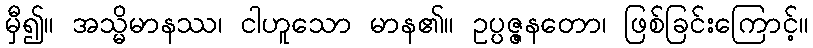
မှီ၍။ အသ္မိမာနဿ၊ ငါဟူသော မာန၏။ ဥပ္ပဇ္ဇနတော၊ ဖြစ်ခြင်းကြောင့်။